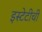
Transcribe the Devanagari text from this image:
इस्टेटीची